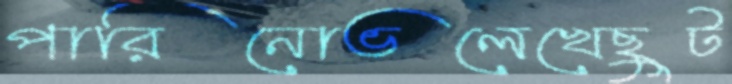
পারিনোভলেখেছুট